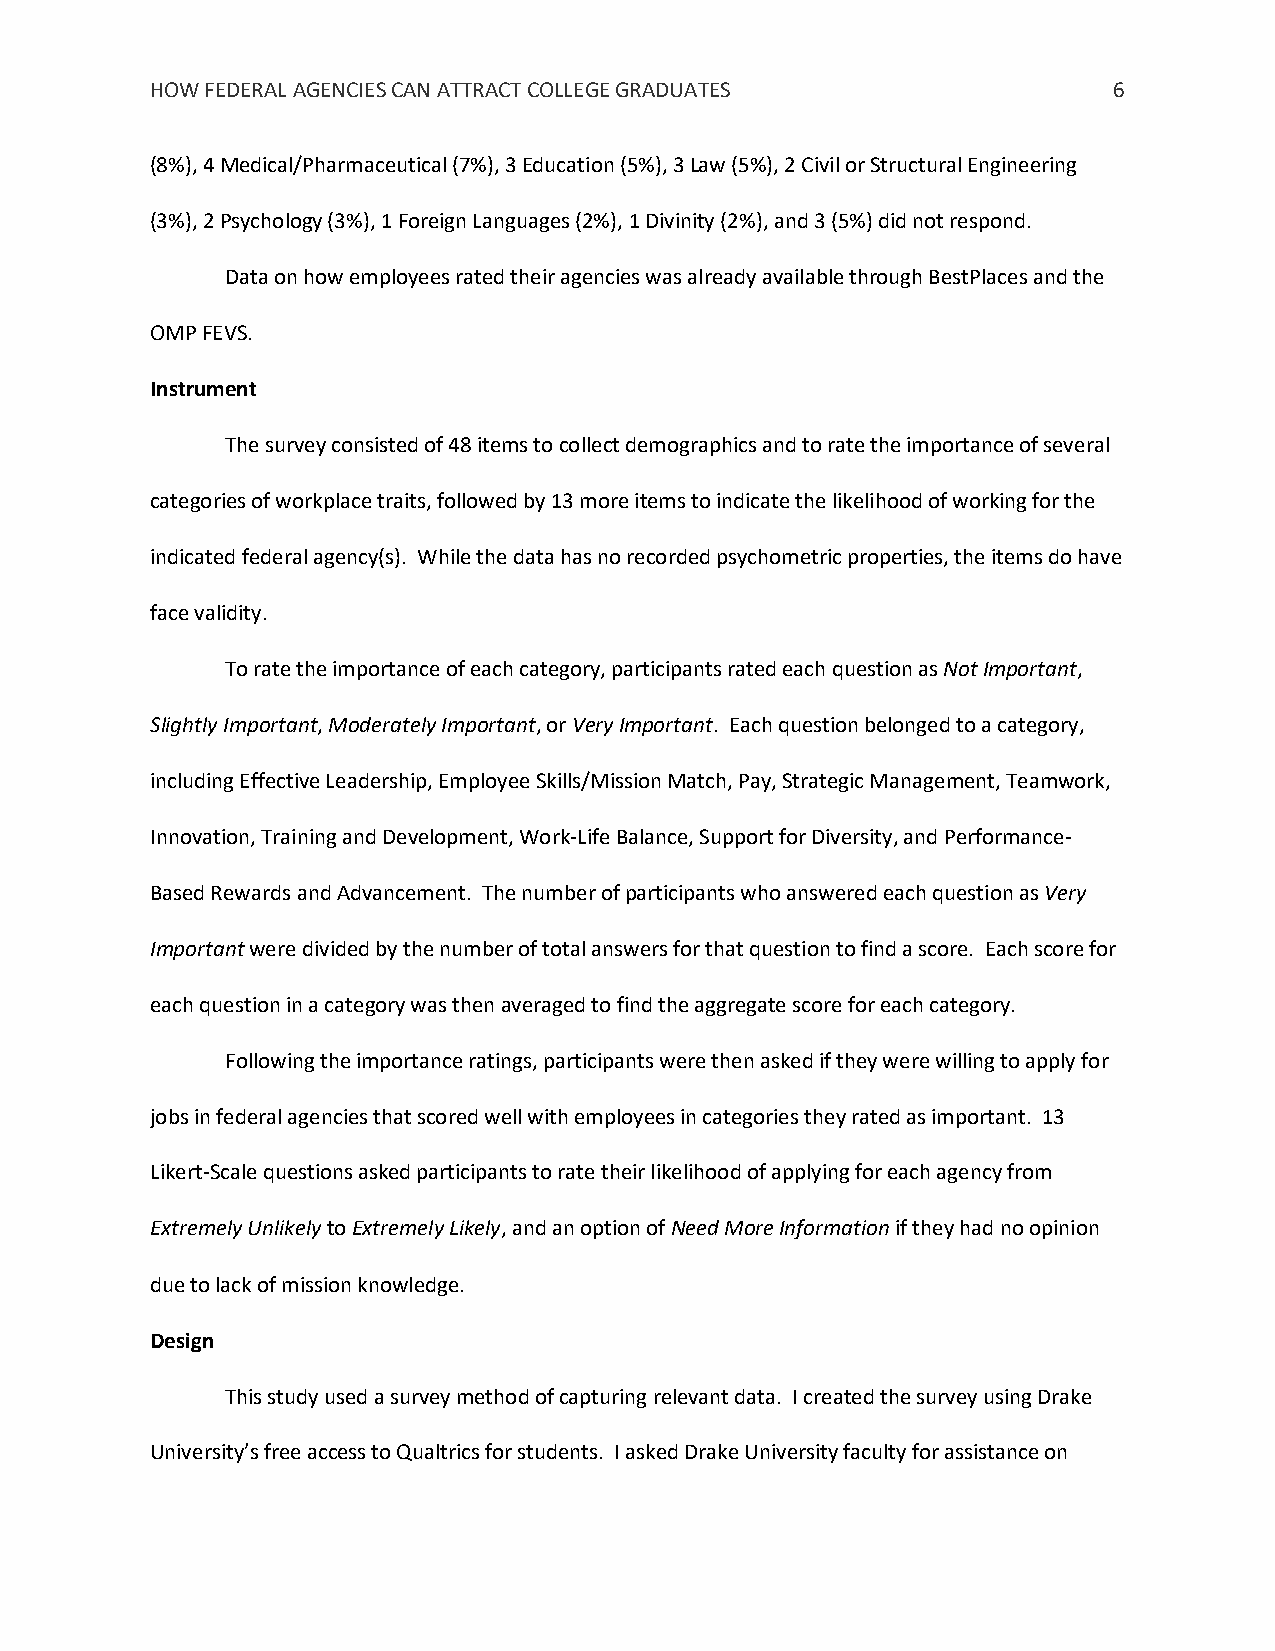
HOW FEDERAL AGENCIES CAN ATTRACT COLLEGE GRADUATES              6
 (8%), 4 Medical/Pharmaceutical (7%), 3 Education (5%), 3 Law (5%), 2 Civil or Structural Engineering
 (3%), 2 Psychology (3%), 1 Foreign Languages (2%), 1 Divinity (2%), and 3 (5%) did not respond.
 Data on how employees rated their agencies was already available through BestPlaces and the
 OMP FEVS.
 Instrument
 The survey consisted of 48 items to collect demographics and to rate the importance of several
 categories of workplace traits, followed by 13 more items to indicate the likelihood of working for the
 indicated federal agency(s). While the data has no recorded psychometric properties, the items do have
 face validity.
 To rate the importance of each category, participants rated each question as Not Important,
 Slightly Important, Moderately Important, or Very Important. Each question belonged to a category,
 including Effective Leadership, Employee Skills/Mission Match, Pay, Strategic Management, Teamwork,
 Innovation, Training and Development, Work-Life Balance, Support for Diversity, and Performance-
 Based Rewards and Advancement. The number of participants who answered each question as Very
 Important were divided by the number of total answers for that question to find a score. Each score for
 each question in a category was then averaged to find the aggregate score for each category.
 Following the importance ratings, participants were then asked if they were willing to apply for
 jobs in federal agencies that scored well with employees in categories they rated as important. 13
 Likert-Scale questions asked participants to rate their likelihood of applying for each agency from
 Extremely Unlikely to Extremely Likely, and an option of Need More Information if they had no opinion
 due to lack of mission knowledge.
 Design
 This study used a survey method of capturing relevant data. I created the survey using Drake
 University’s free access to Qualtrics for students. I asked Drake University faculty for assistance on